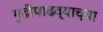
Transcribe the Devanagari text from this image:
गुढीपाढव्याच्या